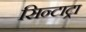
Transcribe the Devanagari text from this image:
सिन्टाट्रा